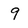
Character: 9